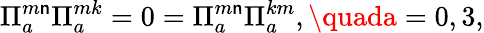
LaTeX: \Pi_{a}^{m\mathsf{n}}\Pi_{a}^{mk}=0=\Pi_{a}^{m\mathsf{n}}\Pi_{a}^{km},\quada=0,3,